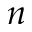
n